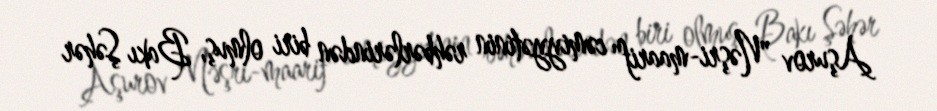
Aşurov "Nəşri-maarif" cəmiyyətinin rəhbərlərindən biri olmuş, Bakı Şəhər